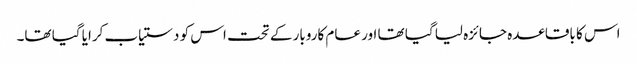
اس کا باقاعدہ جائزہ لیا گیا تھا اور عام کاروبار کے تحت اس کو دستیاب کرایا گیا تھا۔